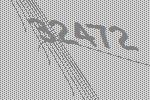
32472